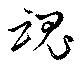
魂